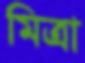
মিত্রা